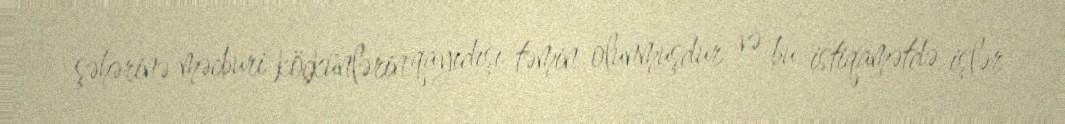
şəhərinə məcburi köçkünlərin qayıdışı təmin olunmuşdur və bu istiqamətdə işlər